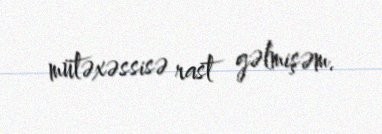
mütəxəssisə rast gəlmişəm.